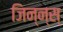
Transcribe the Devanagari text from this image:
जिन्न्स्